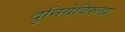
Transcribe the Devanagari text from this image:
दुनियेविरूद्ध